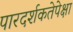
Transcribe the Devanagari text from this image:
पारदर्शकतेपेक्षा